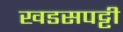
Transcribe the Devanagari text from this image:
खडसपट्टी